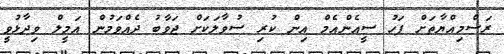
ރަސްމިއްޔާތަށް ފަހު ސީއެންއެމް އިން ކުރި ސުވާލަކަށް ޖަވާބު ދެއްވަމުން އަމީލް ވިދާޅުވީ